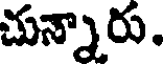
చున్నారు.